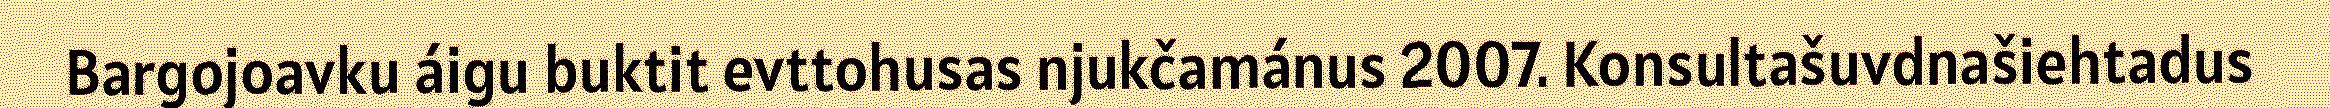
Bargojoavku áigu buktit evttohusas njukčamánus 2007. Konsultašuvdnašiehtadus